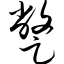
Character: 蹩